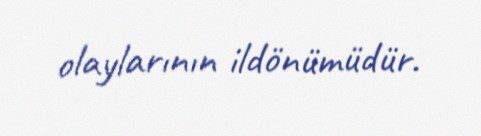
olaylarının ildönümüdür.